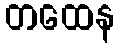
တထေန